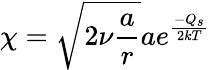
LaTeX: \chi=\sqrt{2\nu\frac{a}{r}}ae^{\frac{-Q_{s}}{2kT}}